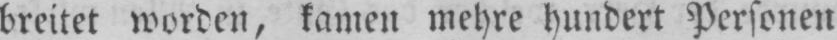
breitet worden, kamen mehre hundert Personen